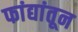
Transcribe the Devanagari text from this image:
फांद्यांतून